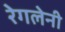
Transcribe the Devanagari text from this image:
रेगलेनी